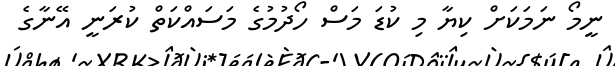
ނީމޯ ނަމަކަށް ކިޔާ މި ކުޑަ މަސް ހޯދުމުގެ މަސައްކަތް ކުރަނީ އޭނާގެ